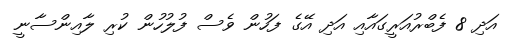
އަދި 8 ފެބްރުއަރީގައާއި އަދި އޭގެ ފަހުން ވެސް ފުލުހުން ކުރި ލާއިންސާނީ